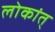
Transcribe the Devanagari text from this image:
लोकांत्‌